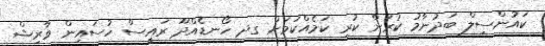
ކައުންސިލް ބަދުނާމު ކުރަން ކުރި ކަމެއްކަމަށް ގދ ހޯނޑެއްދޫ ރައީސް ހުސައިން ވާރިޝް